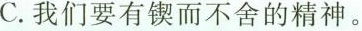
C.我们要有锲而不舍的精神。